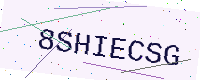
Text: 8SHIECSG